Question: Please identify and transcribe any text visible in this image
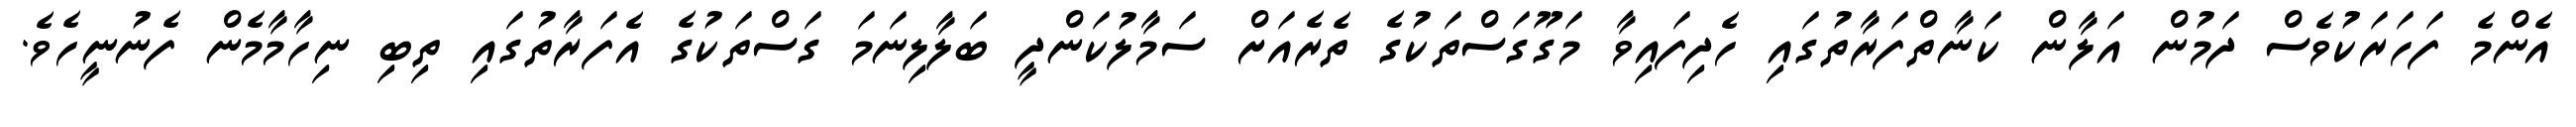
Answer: އެންމެ ފަހަރަކުވެސް ދަމުން އަލާން ކަނާތްފަރާތުގައި ހެދިފައިވާ މަގޫގަސްތަކުގެ ތެރެއަށް ސަމާލުކަންދީ ބަލާލިނަމަ ގަސްތަކުގެ އެފަރާތުގައި ތިބި ނިހާމާމެން ފެނުނީހެވެ.